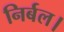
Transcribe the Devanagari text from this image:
निर्बल।